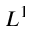
L ^ { 1 }